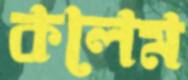
কলেম